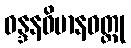
ဝန္ဒနဝိမာနဝတ္ထု